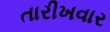
તારીખવાર